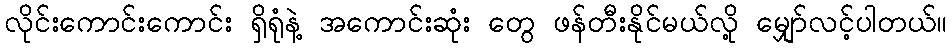
လိုင်းကောင်းကောင်း ရှိရုံနဲ့ အကောင်းဆုံး တွေ ဖန်တီးနိုင်မယ်လို့ မျှော်လင့်ပါတယ်။